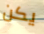
يكن